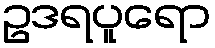
ဥဒရပူရော